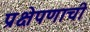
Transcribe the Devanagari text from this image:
प्रक्षेपणाची